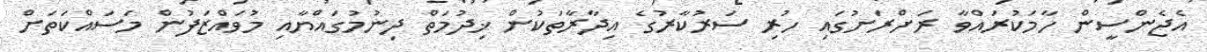
އެޖެންސީން ހާމަކުރައްވާ ރަށްރަށުގައި ހުރި ސަރުކާރުގެ އިދާރާތަކުން ޚިދުމަތް ދިނުމުގައްޔާއި މުވައްޒަފުން މަސައްކަތަށް